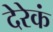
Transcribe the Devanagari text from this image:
देरेकं